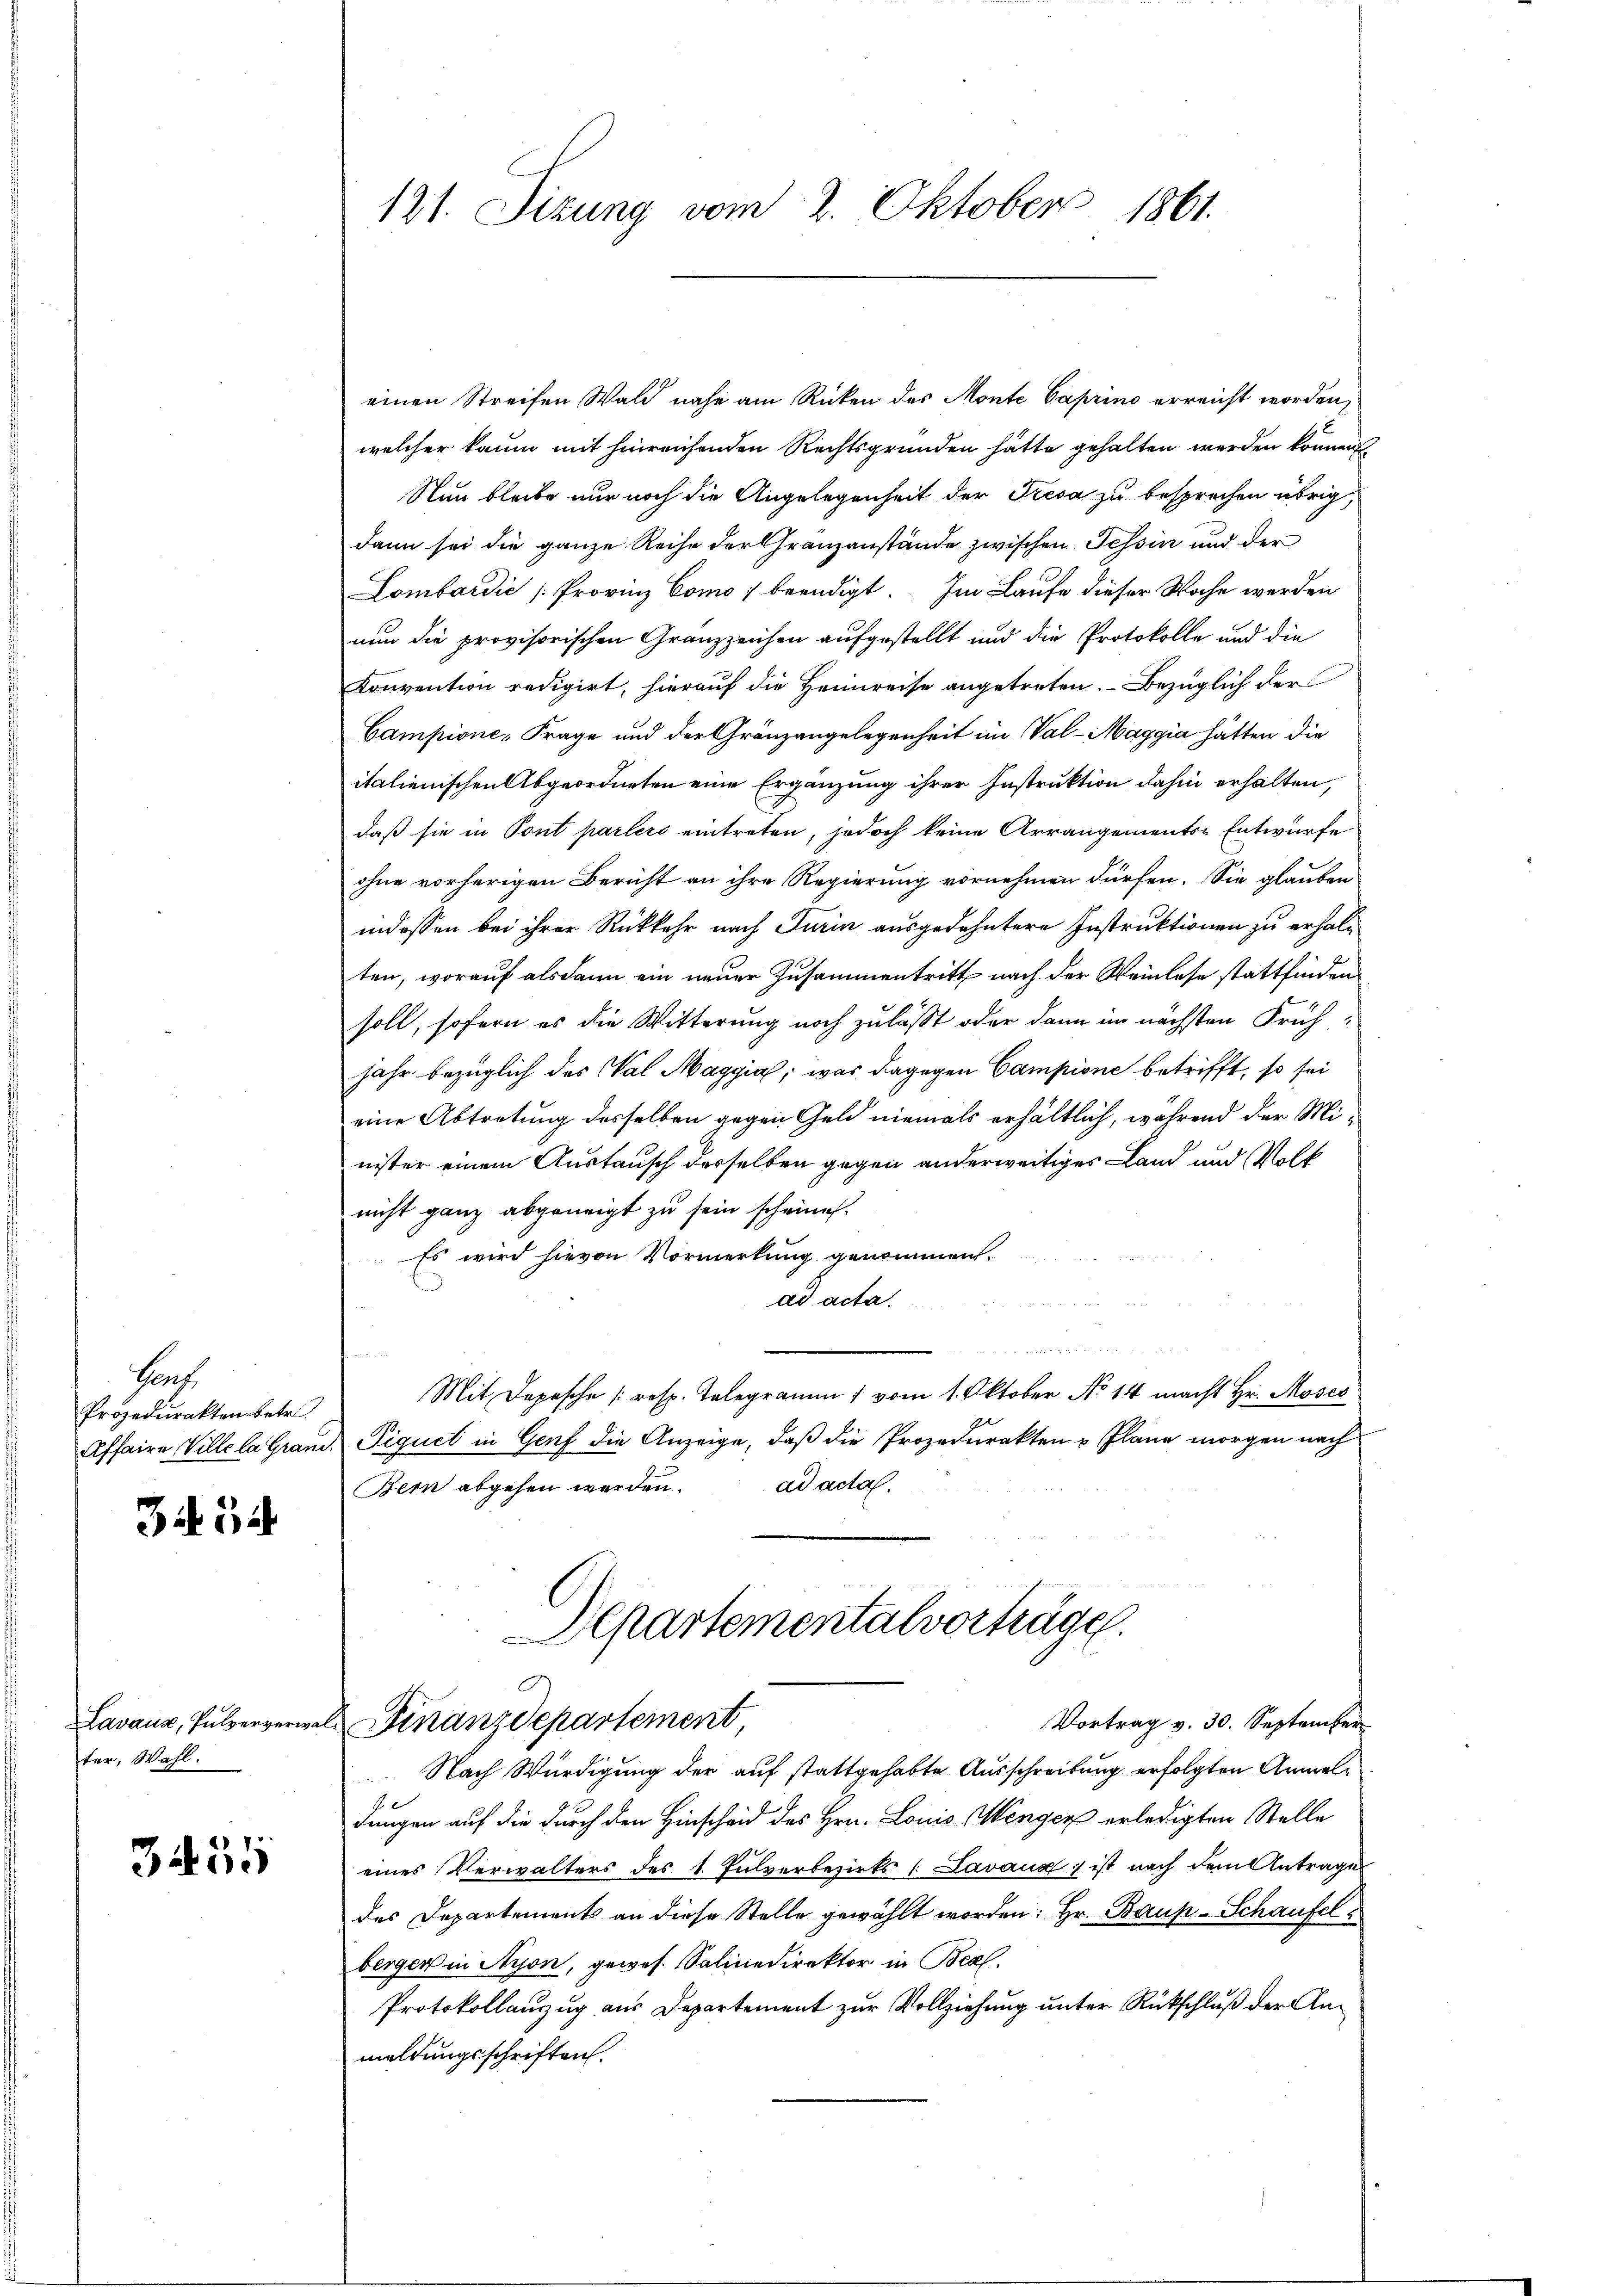
Hauf
Prozedurakten betr.

d. 1,

Lavaux, Pulververwa
ter, Wahl.

345

121. Sizung vom 2. Oktober 1861.

einen Streifen Wald nahe am Rücken des Monte Caprino erreicht worden,
welcher kaum mit hinreichenden Rechtsgründen hätte gehalten werden können,
Nun bleibe nur noch die Angelegenheit der Tresa zu besprechen übrig,
dann sei die ganze Reihe der Granzanstände zwischen Tessin und der
Lombardić [Provinz Como beendigt. Im Laufe dieser Woche werden
nun die provisorischen Granzzeichen aufgestellt und die Protokolle und die
Konvention redigirt, hierauf die Heimreise angetreten. Bezüglich der
Campione, Frage und der Gränzangelegenheit im Val-Maggia hätten die
italienischen Abgeordneten eine Ergänzung ihrer Instruktion dahin erhalten,
daß sie in Pont parlers eintreten, jedoch keine Arrangements-Entwurfe
ohne vorherigen Bericht an ihre Regierung vornehmen dürfen. Sie glauben
indessen bei ihrer Rückkehr nach Turin ausgedehntere Instruktionen zu erholten, worauf alsdann ein neuer Zusammentritt nach der Weinlese stattfinden
soll, sofern es die Witterung noch zulässt oder dann im nächsten Frühjahr bezüglich des Val Maggia, was dagegen Campione betrifft, so sei
eine Abtretung desselben gegen Geld niemals erhältlich, während der Minister einem Austausch derselben gegen anderweitiges Land und Volk
nicht ganz abgeneigt zu sein scheine.
Es wird hievon Vormerkung genommen.
ad acta.
n
Mit Depesche [resp. Telegramm 1 vom 1. Oktober No 14 macht Hr. Moses
Affaire Ville la Grand, Piguet in Genf die Anzeige, daß die Prozedurakten u Plane morgen nach
ad acta.
Bern abgehen werden.
Departementalvorträge.
Vortrag v. 30. September
Finanzdepartement,
Nach Würdigung der auf stattgehabte Ausschreibung erfolgten Anmeldungen auf die durch den Hinscheid des Hrn. Louis Wenger erledigten Stelle
eines Verwalters des 1. Pulverbezirks (Lavaux ; ist nach dem Antrage
des Departements an diese Stelle gewählt worden: Hr. Baup-Schaufel
bergen in Nyon, gewes. Salinedirektor in Beal.
Protokollanzug aus Departement zur Vollziehung unter Rückschluß der Anmeldungsschriften.